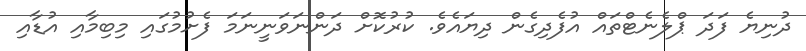
ދުނިޔެ ފަދަ ޕްލެނެޓްތައް އުފެދިގެން ދިޔައެވެ. ކުރުކޮށް ދަންނަވަނީނަމަ ފެށުމުގައި މިބިމާއި އުޑާއި